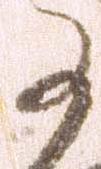
に